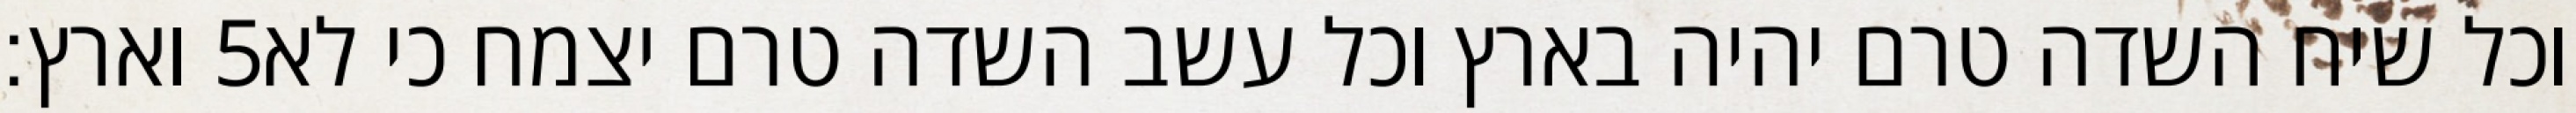
וארץ׃ ‎5‏ וכל שיח השדה טרם יהיה בארץ וכל עשב השדה טרם יצמח כי לא